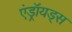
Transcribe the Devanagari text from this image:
एंड्रॉयड्स